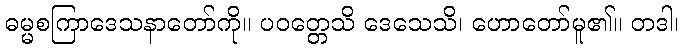
ဓမ္မစကြာဒေသနာတော်ကို။ ပဝတ္တေသိ ဒေသေသိ၊ ဟောတော်မူ၏။ တဒါ၊